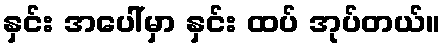
နှင်း အပေါ်မှာ နှင်း ထပ် အုပ်တယ်။